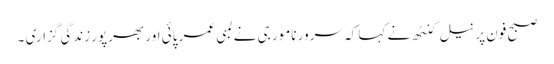
صبح فون پر نیل کنٹھ نے کہا کہ سرور نامور جی نے لمبی عمر پائی اور بھرپور زندگی گزاری ۔